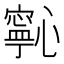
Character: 𭟋